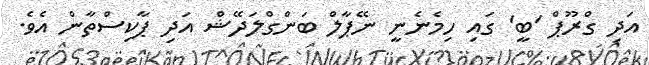
އަދި ގްރޫޕް 'ބީ' ގައި ހިމެނެނީ ނޭޕާލް ބަންގްލަދޭޝް އަދި ޕާކިސްތާން އެވެ.